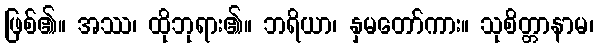
ဖြစ်၏။ အဿ၊ ထိုဘုရား၏။ ဘရိယာ၊ နှမတော်ကား။ သုစိတ္တာနာမ၊